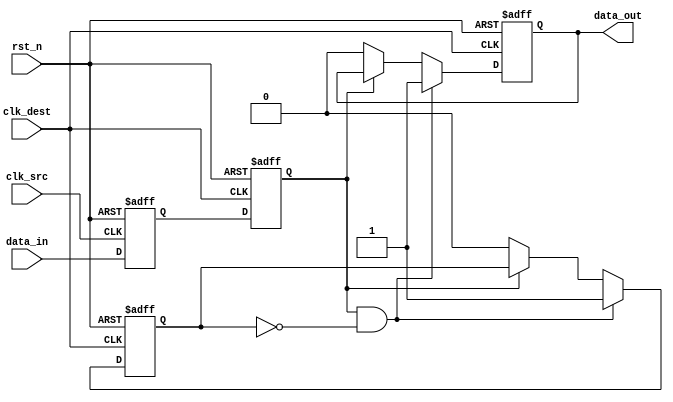
module pulsed_synchronizer (
    input wire clk_src,      // Source clock
    input wire clk_dest,     // Destination clock
    input wire data_in,      // Asynchronous input signal
    input wire rst_n,        // Asynchronous active-low reset
    output reg data_out      // Pulsed output signal
);

    // Internal signals for synchronization
    reg sync_ff1;
    reg sync_ff2;

    // Synchronize the input signal using a two-stage flip-flop
    always @(posedge clk_src or negedge rst_n) begin
        if (!rst_n) begin
            sync_ff1 <= 1'b0;
        end else begin
            sync_ff1 <= data_in;
        end
    end

    always @(posedge clk_dest or negedge rst_n) begin
        if (!rst_n) begin
            sync_ff2 <= 1'b0;
        end else begin
            sync_ff2 <= sync_ff1;
        end
    end

    // Pulse generation logic
    reg pulse_gen_ff;

    always @(posedge clk_dest or negedge rst_n) begin
        if (!rst_n) begin
            pulse_gen_ff <= 1'b0;
            data_out <= 1'b0;
        end else begin
            if (sync_ff2 && !pulse_gen_ff) begin
                data_out <= 1'b1; // Generate pulse
                pulse_gen_ff <= 1'b1; // Set pulse generator flag
            end else if (!sync_ff2) begin
                data_out <= 1'b0; // Clear pulse
                pulse_gen_ff <= 1'b0; // Reset pulse generator flag
            end
        end
    end

endmodule